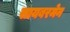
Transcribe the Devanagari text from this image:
सायबरमेन